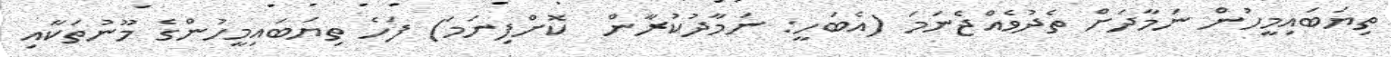
ތިޔަބައިމީހުން ނަމާދަށް ތެދުވެއްޖެނަމަ (އެބަހީ: ނަމާދުކުރާން  ކޮށްފިނަމަ) ފަހެ ތިޔަބައިމީހުންގެ މޫނުތަކާއި